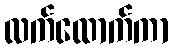
လက်ထောက်ကာ